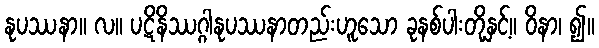
နုပဿနာ။ လ။ ပဋိနိဿဂ္ဂါနုပဿနာတည်းဟူသော ခုနစ်ပါးတို့နှင့်။ ဝိနာ၊ ၍။